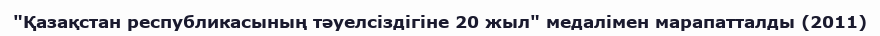
"Қазақстан республикасының тәуелсіздігіне 20 жыл" медалімен марапатталды (2011)